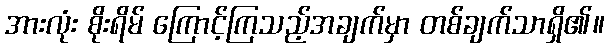
အားလုံး စိုးရိမ် ကြောင့်ကြသည့်အချက်မှာ တစ်ချက်သာရှိ၏။